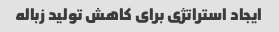
ایجاد استراتژی برای کاهش تولید زباله